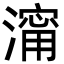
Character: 澝